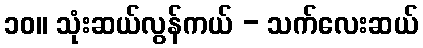
၁၀။ သုံးဆယ်လွန်ကယ် - သက်လေးဆယ်